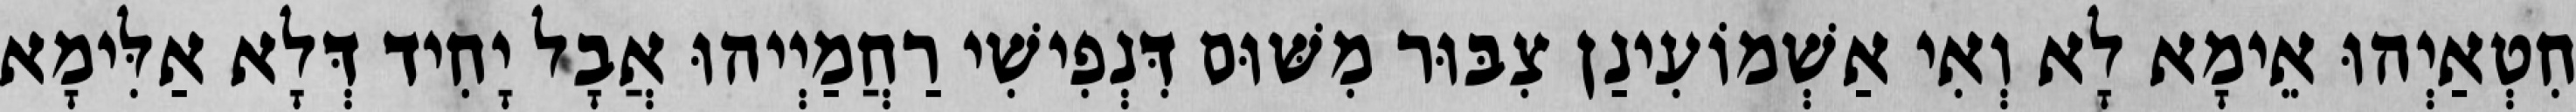
חִטְאַיְהוּ אֵימָא לָא וְאִי אַשְׁמוֹעִינַן צִבּוּר מִשּׁוּם דִּנְפִישִׁי רַחֲמַיְיהוּ אֲבָל יָחִיד דְּלָא אַלִּימָא